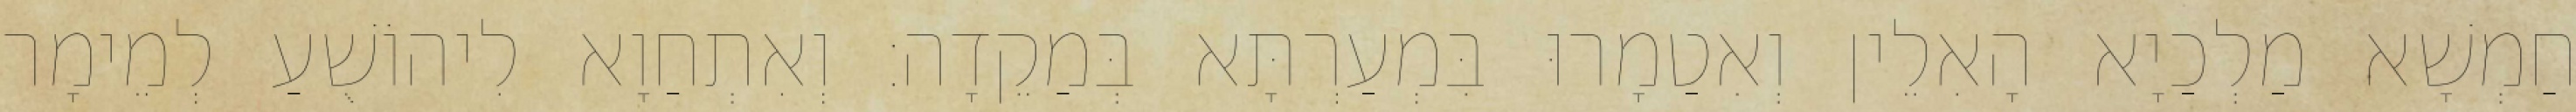
חַמְשָׁא מַלְכַיָא הָאִלֵין וְאִטַמָרוּ בִּמְעַרְתָּא בְּמַקֵדָה׃ וְאִתְחַוָא לִיהוֹשֻׁעַ לְמֵימָר